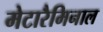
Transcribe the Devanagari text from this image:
मेटारैमिनाल